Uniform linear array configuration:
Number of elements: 4
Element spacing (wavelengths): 0.25
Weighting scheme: hann
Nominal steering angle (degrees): -45
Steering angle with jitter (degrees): -44.12
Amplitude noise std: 0.05
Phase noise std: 0.05

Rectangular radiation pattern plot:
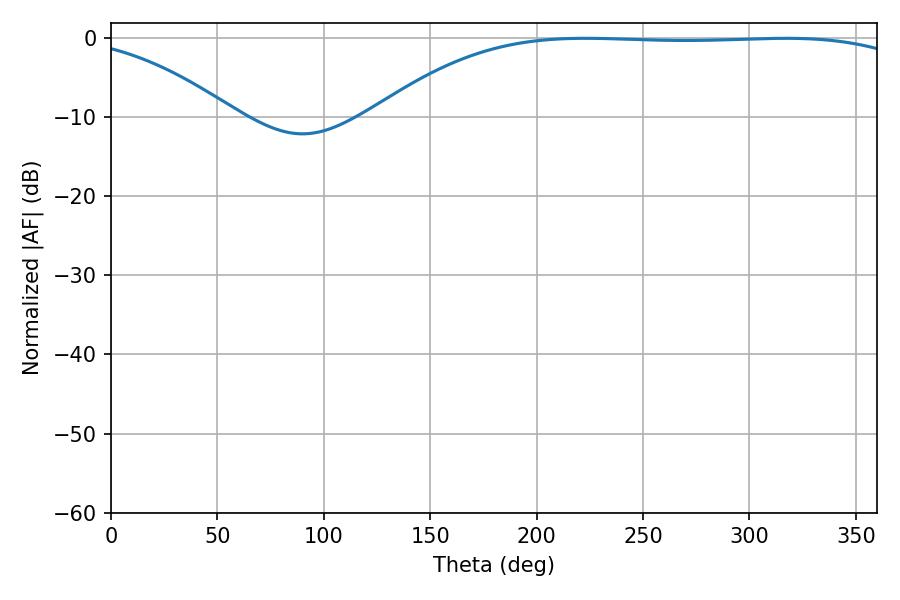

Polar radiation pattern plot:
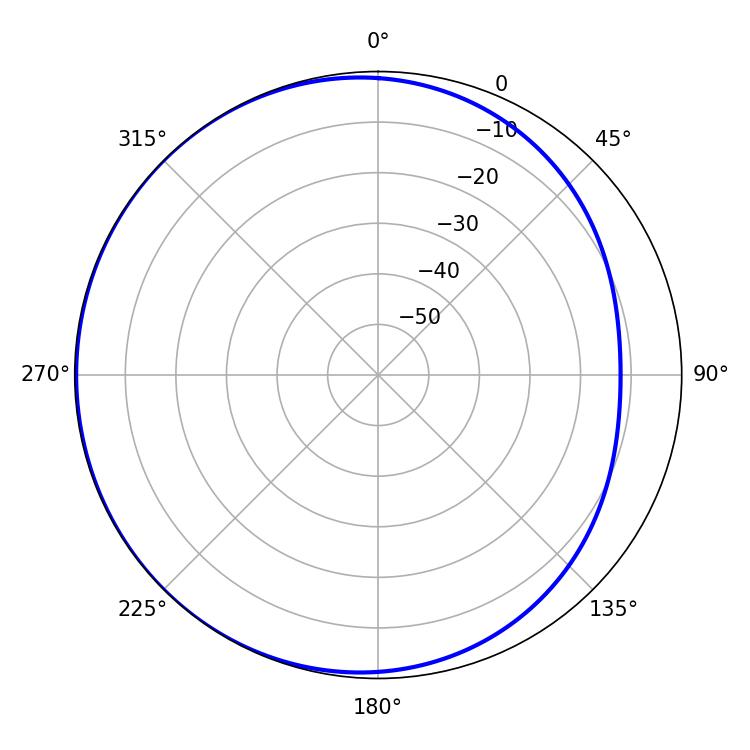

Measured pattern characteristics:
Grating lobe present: FALSE
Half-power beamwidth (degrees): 198.54
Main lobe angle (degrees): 223.02